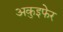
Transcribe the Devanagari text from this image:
अकुइफेर